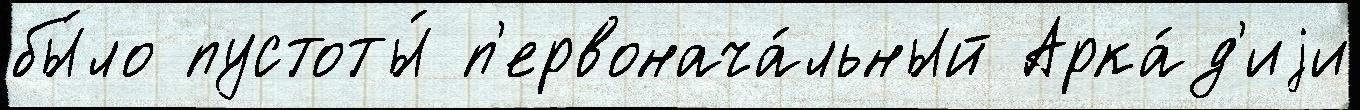
бы́ло пустоты́ п'ервонача́льный Арка́д'иjи